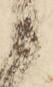
候